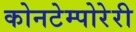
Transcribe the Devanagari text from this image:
कोनटेम्पोरेरी